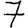
Digit: 7